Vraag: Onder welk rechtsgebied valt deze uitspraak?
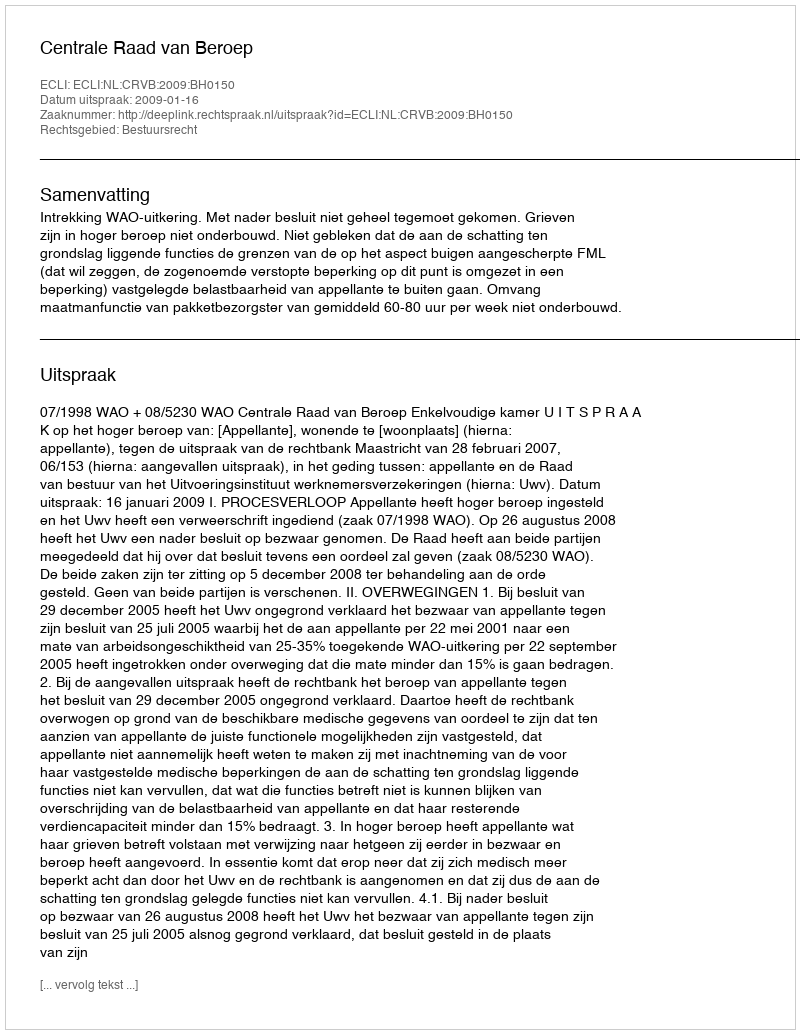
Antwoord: Bestuursrecht